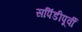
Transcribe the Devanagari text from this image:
सपिंडीपूर्वीं